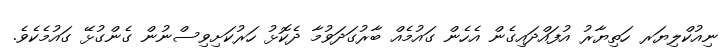
ނިއުކްލިޔަރ ހަތިޔާރު އުފައްދައިގެން އެހެން ގައުމެއް ބާރުގަދަވުމާ ދެކޮޅު ހަރުކަށިވިސްނުން ގެންގުޅޭ ގައުމެކެވެ.